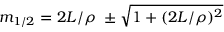
m _ { 1 / 2 } = 2 L / \rho \ \pm \sqrt { 1 + ( 2 L / \rho ) ^ { 2 } }